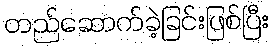
တည်ဆောက်ခဲ့ခြင်းဖြစ်ပြီး